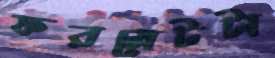
ফরমেটটা